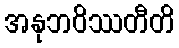
အနုဘဝိဿတီတိ